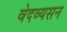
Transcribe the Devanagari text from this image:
वेदव्यसन